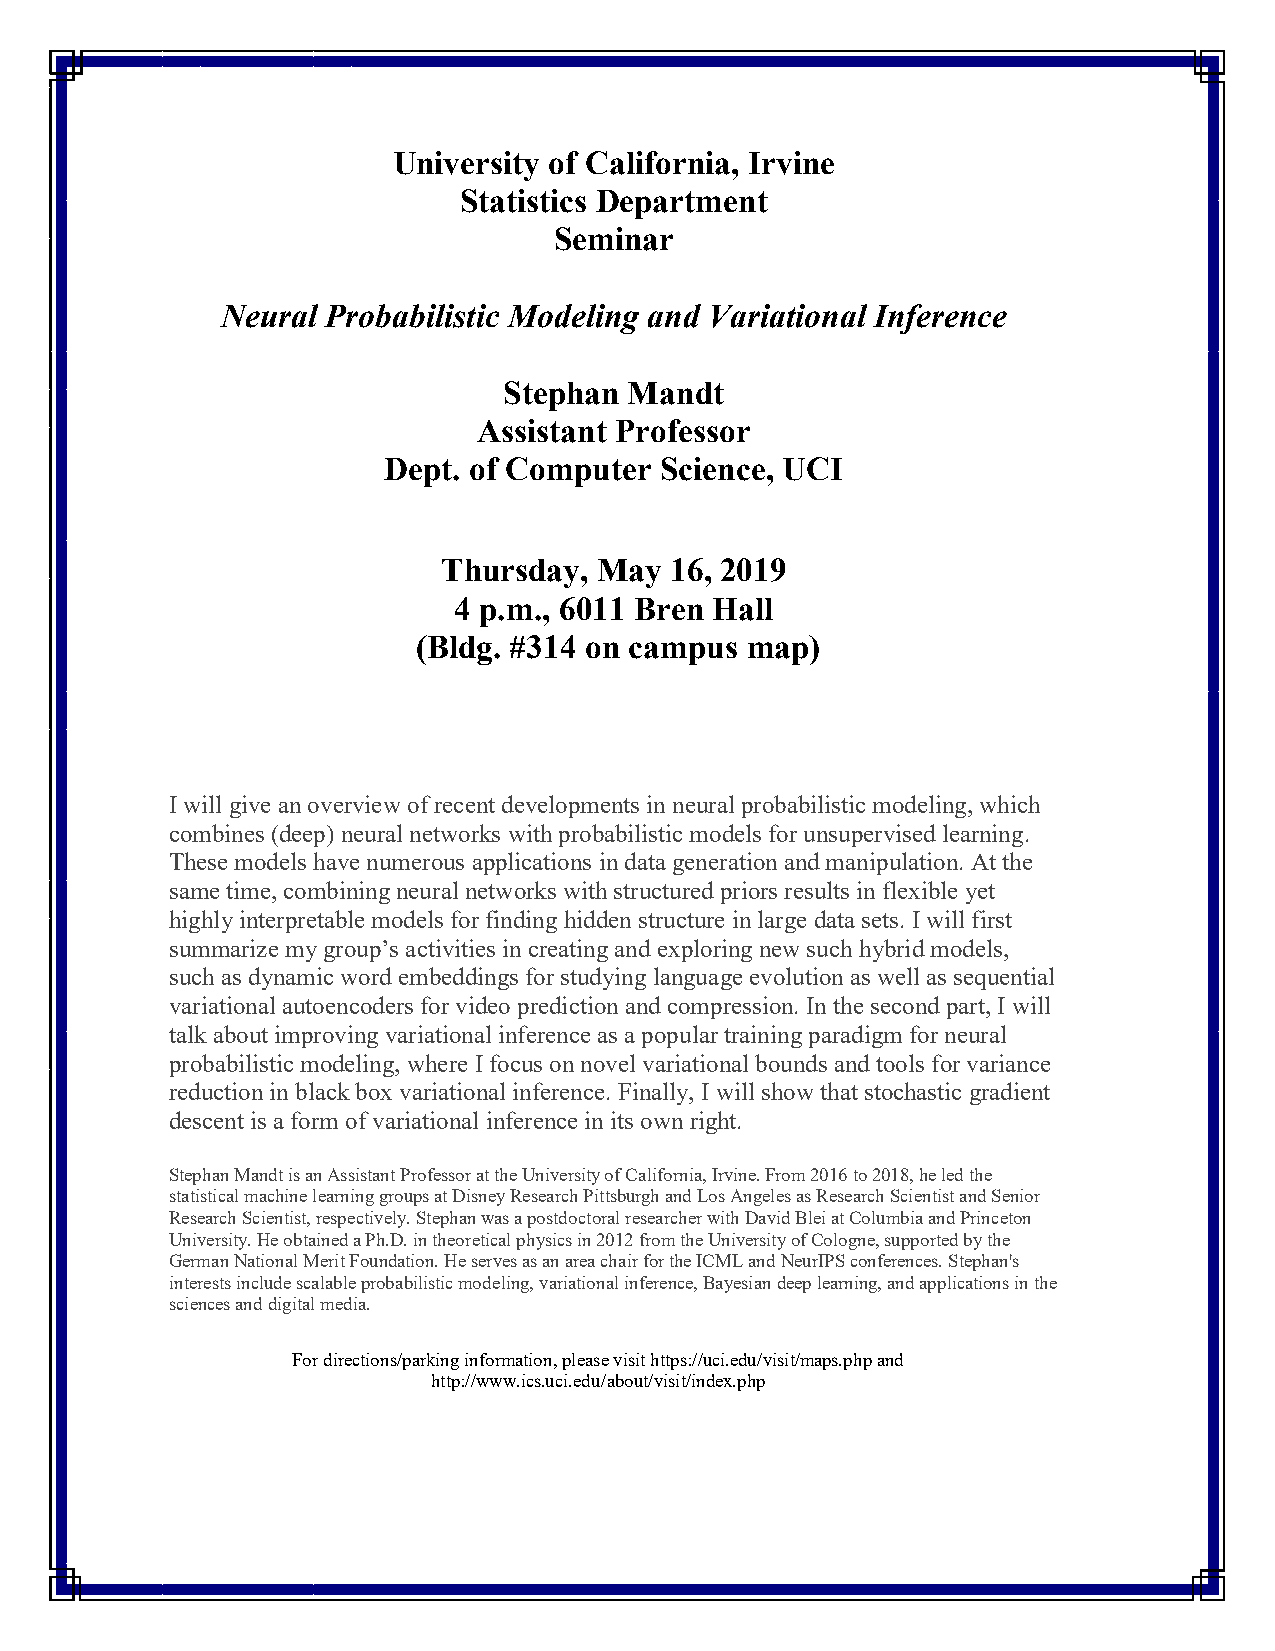
University of California, Irvine
 Statistics Department
 Seminar
 Neural Probabilistic Modeling and Variational Inference
 Stephan  Mandt
 Assistant Professor
 Dept. of Computer  Science, UCI
 Thursday,  May 16, 2019
 4 p.m., 6011 Bren Hall
 (Bldg. #314 on campus map)
 I will give an overview of recent developments in neural probabilistic modeling, which
 combines (deep) neural networks with probabilistic models for unsupervised learning.
 These models have numerous applications in data generation and manipulation. At the
 same time, combining neural networks with structured priors results in flexible yet
 highly interpretable models for finding hidden structure in large data sets. I will first
 summarize my group’s activities in creating and exploring new such hybrid models,
 such as dynamic word embeddings for studying language evolution as well as sequential
 variational autoencoders for video prediction and compression. In the second part, I will
 talk about improving variational inference as a popular training paradigm for neural
 probabilistic modeling, where I focus on novel variational bounds and tools for variance
 reduction in black box variational inference. Finally, I will show that stochastic gradient
 descent is a form of variational inference in its own right.
 Stephan Mandt is an Assistant Professor at the University of California, Irvine. From 2016 to 2018, he led the
 statistical machine learning groups at Disney Research Pittsburgh and Los Angeles as Research Scientist and Senior
 Research Scientist, respectively. Stephan was a postdoctoral researcher with David Blei at Columbia and Princeton
 University. He obtained a Ph.D. in theoretical physics in 2012 from the University of Cologne, supported by the
 German National Merit Foundation. He serves as an area chair for the ICML and NeurIPS conferences. Stephan's
 interests include scalable probabilistic modeling, variational inference, Bayesian deep learning, and applications in the
 sciences and digital media.
 For directions/parking information, please visit https://uci.edu/visit/maps.php and
 http://www.ics.uci.edu/about/visit/index.php